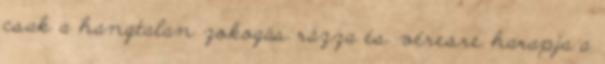
csak a hangtalan zokogás rázza és véresre harapja a